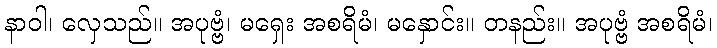
နာဝါ၊ လှေသည်။ အပုဗ္ဗံ၊ မရှေး အစရိမံ၊ မနှောင်း။ တနည်း။ အပုဗ္ဗံ အစရိမံ၊